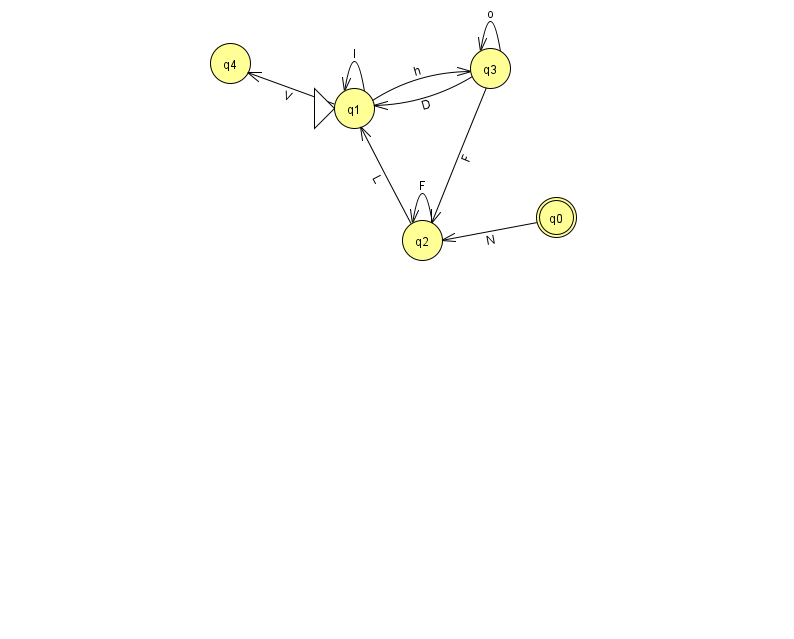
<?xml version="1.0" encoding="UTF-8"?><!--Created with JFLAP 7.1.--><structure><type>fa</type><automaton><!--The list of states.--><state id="0" name="q0"><x>556.0</x><y>204.0</y><final/></state><state id="1" name="q1"><x>354.0</x><y>95.0</y><initial/></state><state id="2" name="q2"><x>422.0</x><y>227.0</y></state><state id="3" name="q3"><x>490.0</x><y>55.0</y></state><state id="4" name="q4"><x>230.0</x><y>50.0</y></state><!--The list of transitions.--><transition><from>2</from><to>1</to><read>L</read></transition><transition><from>0</from><to>2</to><read>N</read></transition><transition><from>3</from><to>1</to><read>D</read></transition><transition><from>2</from><to>2</to><read>F</read></transition><transition><from>1</from><to>4</to><read>V</read></transition><transition><from>1</from><to>1</to><read>l</read></transition><transition><from>3</from><to>2</to><read>F</read></transition><transition><from>1</from><to>3</to><read>h</read></transition><transition><from>3</from><to>3</to><read>o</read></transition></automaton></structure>